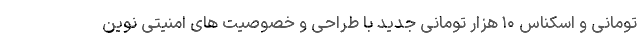
تومانی و اسکناس ۱۰ هزار تومانی جدید با طراحی و خصوصیت های امنیتی نوین